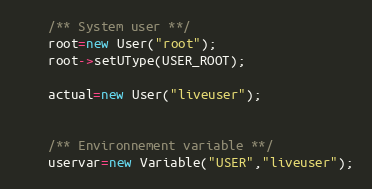
Language: C++
	/** System user **/
	root=new User("root");
	root->setUType(USER_ROOT);

	actual=new User("liveuser");

	/** Environnement variable **/
	uservar=new Variable("USER","liveuser");